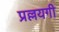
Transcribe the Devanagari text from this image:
प्रल्लयगी